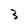
Character: 3